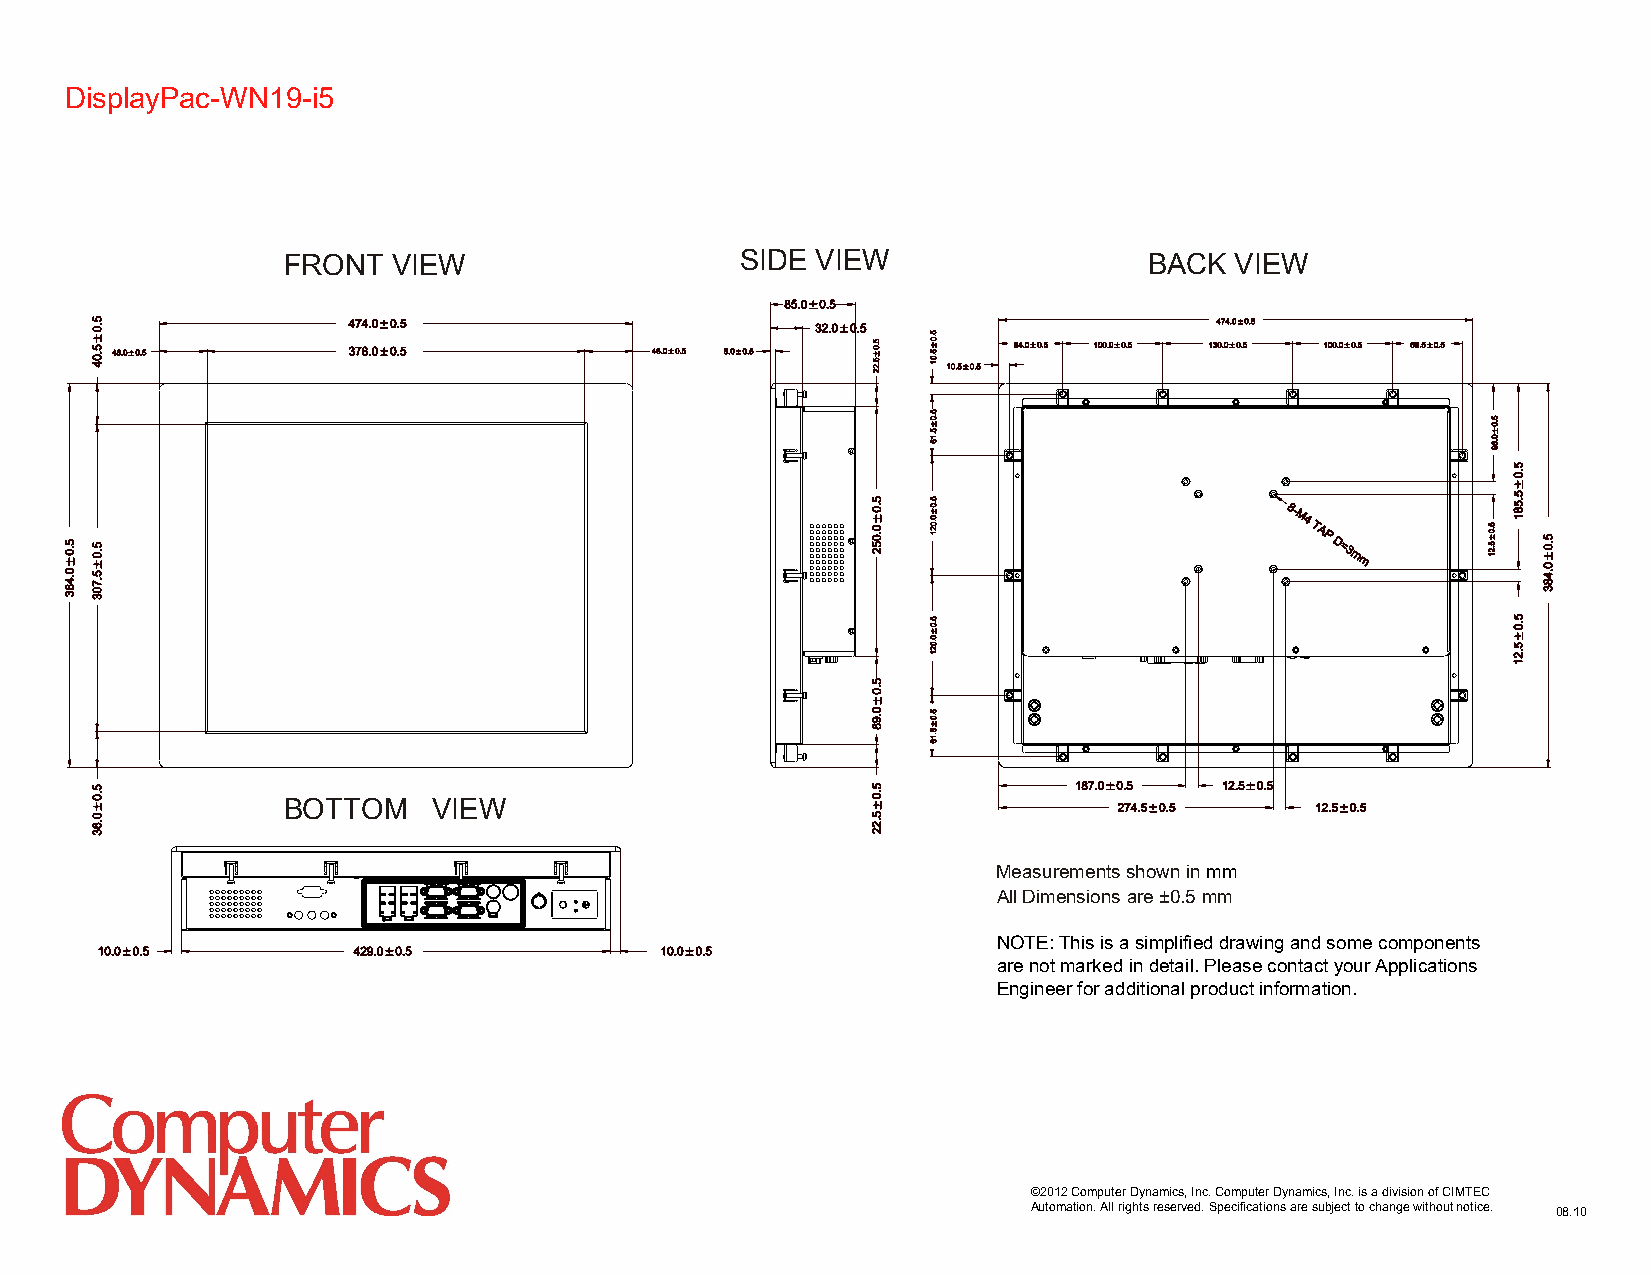
DisplayPac-WN19-i5
 FRONT  VIEW                   SIDE VIEW                  BACK  VIEW
 BOTTOM    VIEW
 Measurements shown in mm
 All Dimensions are ±0.5 mm
 NOTE: This is a simplified drawing and some components
 are not marked in detail. Please contact your Applications
 Engineer for additional product information.
 ©2012 Computer Dynamics, Inc. Computer Dynamics, Inc. is a division of CIMTEC
 Automation. All rights reserved. Specifications are subject to change without notice. 08.10